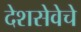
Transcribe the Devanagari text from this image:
देशसेवेचे